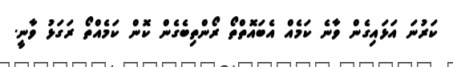
ކަރުނަ އަޅައިގެން ވާނެ ކަމެއް އެބައޮތްތޯ ރޯންތިބެގެން ކޮން ކަމެއްތޯ ރަގަޅު ވާނީ.